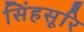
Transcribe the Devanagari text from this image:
सिंहसूरि